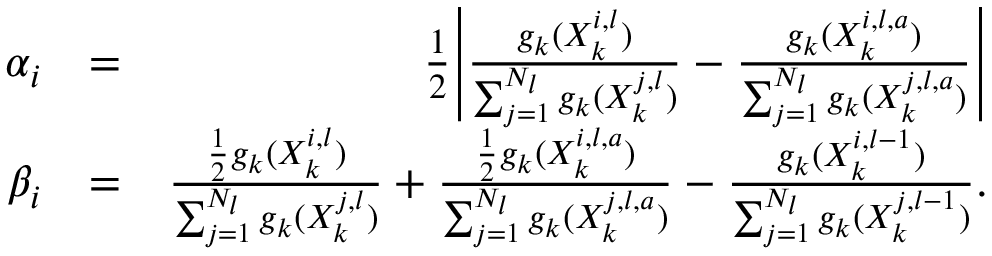
\begin{array} { r l r } { \alpha _ { i } } & { = } & { \frac { 1 } { 2 } \Bigg | \frac { g _ { k } ( X _ { k } ^ { i , l } ) } { \sum _ { j = 1 } ^ { N _ { l } } g _ { k } ( X _ { k } ^ { j , l } ) } - \frac { g _ { k } ( X _ { k } ^ { i , l , a } ) } { \sum _ { j = 1 } ^ { N _ { l } } g _ { k } ( X _ { k } ^ { j , l , a } ) } \Bigg | } \\ { \beta _ { i } } & { = } & { \frac { \frac { 1 } { 2 } g _ { k } ( X _ { k } ^ { i , l } ) } { \sum _ { j = 1 } ^ { N _ { l } } g _ { k } ( X _ { k } ^ { j , l } ) } + \frac { \frac { 1 } { 2 } g _ { k } ( X _ { k } ^ { i , l , a } ) } { \sum _ { j = 1 } ^ { N _ { l } } g _ { k } ( X _ { k } ^ { j , l , a } ) } - \frac { g _ { k } ( X _ { k } ^ { i , l - 1 } ) } { \sum _ { j = 1 } ^ { N _ { l } } g _ { k } ( X _ { k } ^ { j , l - 1 } ) } . } \end{array}